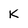
Character: k